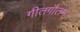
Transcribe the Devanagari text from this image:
गीतगौतम